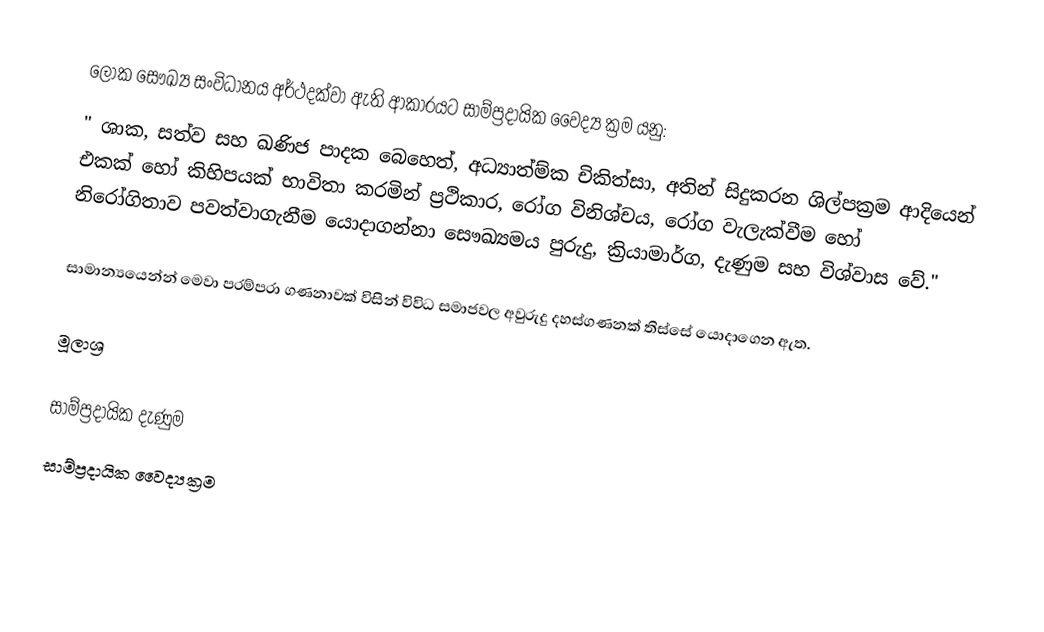
ලෝක සෞඛ්‍ය සංවිධානය අර්ථදක්වා ඇති ආකාරයට සාම්ප්‍රදායික වෛද්‍ය ක්‍රම යනු:
" ශාක, සත්ව සහ ඛණිජ පාදක බෙහෙත්, අධ්‍යාත්ම්ක චිකිත්සා, අතින් සිදුකරන ශිල්පක්‍රම ආදියෙන් එකක් හෝ කිහිපයක් භාවිතා කරමින් ප්‍රථිකාර, රෝග විනිශ්චය, රෝග වැලැක්වීම හෝ නිරෝගිතාව පවත්වාගැනීම යොදාගන්නා සෞඛ්‍යමය පුරුදු, ක්‍රියාමාර්ග, දැණුම සහ විශ්වාස වේ."

සාමාන්‍යයෙන්න් මෙවා පරම්පරා ගණනාවක් විසින් විවිධ සමාජවල අවුරුදු දහස්ගණනක් තිස්සේ යොදාගෙන ඇත.

මූලාශ්‍ර

සාම්ප්‍රදායික දැණුම
සාම්ප්‍රදායික වෛද්‍යක්‍රම